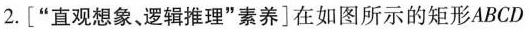
2.[”直观想象、逻辑推理”素养]在如图所示的矩形ABCD